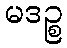
မဒဉ္စ